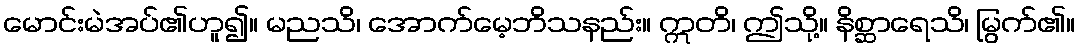
မောင်းမဲအပ်၏ဟူ၍။ မညသိ၊ အောက်မေ့ဘိသနည်း။ ဣတိ၊ ဤသို့။ နိစ္ဆာရေသိ၊ မြွက်၏။